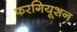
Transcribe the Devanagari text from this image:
फरगियूशन